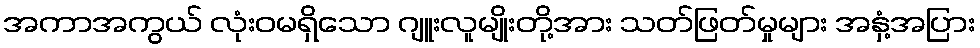
အကာအကွယ် လုံးဝမရှိသော ဂျူးလူမျိုးတို့အား သတ်ဖြတ်မှုများ အနှံ့အပြား